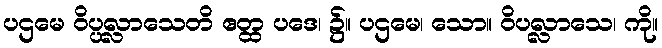
ပဌမေ ဝိပ္ပလ္လာသေတိ ဧတ္ထ ပဒေ၊ ၌။ ပဌမေ၊ သော။ ဝိပလ္လာသေ၊ ကို။